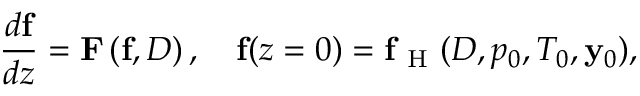
\frac { d \mathbf { f } } { d z } = \mathbf { F } \left( \mathbf { f } , D \right) , \quad \mathbf { f } ( z = 0 ) = \mathbf { f } _ { \mathrm { ~ H ~ } } ( D , p _ { 0 } , T _ { 0 } , \mathbf { y } _ { 0 } ) ,